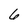
Character: 6